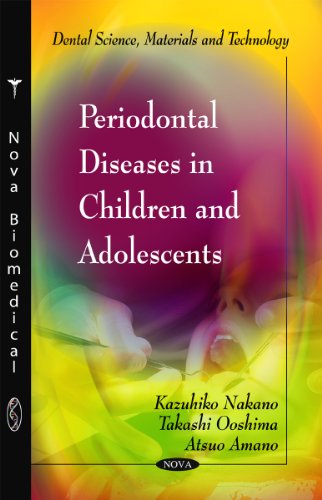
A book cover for Periodontal Diseases in Children and Adolescents (Dental Science, Materials and Technology); Kazuhiko Nakano; Medical Books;